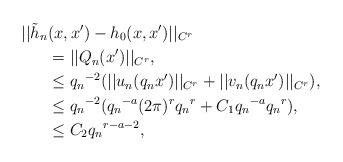
LaTeX: \begin{align*} ||\tilde{h}_n&(x,x')-h_0(x,x')||_{C^r}\\ &=||Q_n(x')||_{C^r},\\&\leq{q_n}^{-2}(||u_n(q_nx')||_{C^r}+||v_n(q_nx')||_{C^r}),\\&\leq{q_n}^{-2}({q_n}^{-a}(2\pi)^r{q_n}^r+C_1{q_n}^{-a}{q_n}^r),\\&\leq C_2{q_n}^{r-a-2},\end{align*}